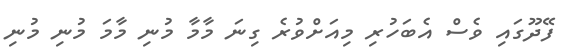
ފޭދޫގައި ވެސް އެބަހުރި މިއަށްވުރެ ގިނަ މާމާ މުނި މާމަ މުނި މުނި